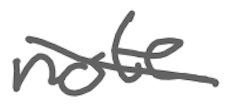
Text: not
Cross-out: diagonal
Writing tool: digital_gray